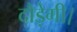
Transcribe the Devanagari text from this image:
दौड़ेगी।